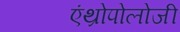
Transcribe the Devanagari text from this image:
एंथ्रोपोलोजी